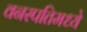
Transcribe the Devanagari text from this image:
वनस्पतिमध्ये